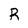
Character: R